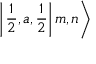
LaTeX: \left| \left. \frac { 1 } { 2 } , a , \frac { 1 } { 2 } \right| m , n \right\rangle